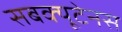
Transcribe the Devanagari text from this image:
सबक्यूटेनस